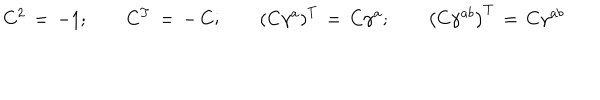
C ^ { 2 } \, = \, - 1 ; \qquad C ^ { T } \, = \, - \, C ; \qquad \left( C \gamma ^ { a } \right) ^ { T } \, = \, C \gamma ^ { a } ; \qquad \left( C \gamma ^ { a b } \right) ^ { T } \, = \, C \gamma ^ { a b }